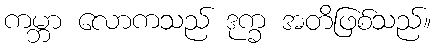
ကမ္ဘာ လောကသည် ဒုက္ခ အတိဖြစ်သည်။